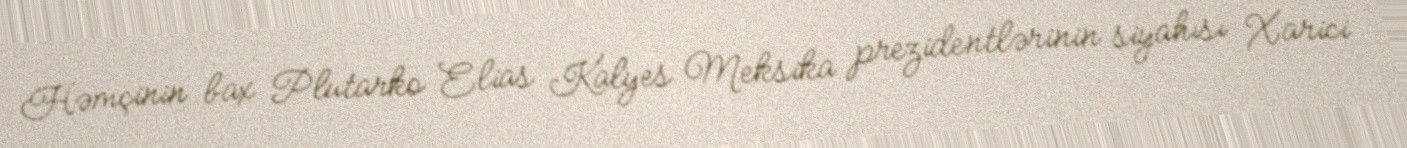
Həmçinin bax Plutarko Elias Kalyes Meksika prezidentlərinin siyahısı Xarici